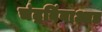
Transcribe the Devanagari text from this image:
चंद्रबिंबाआड